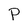
Character: P